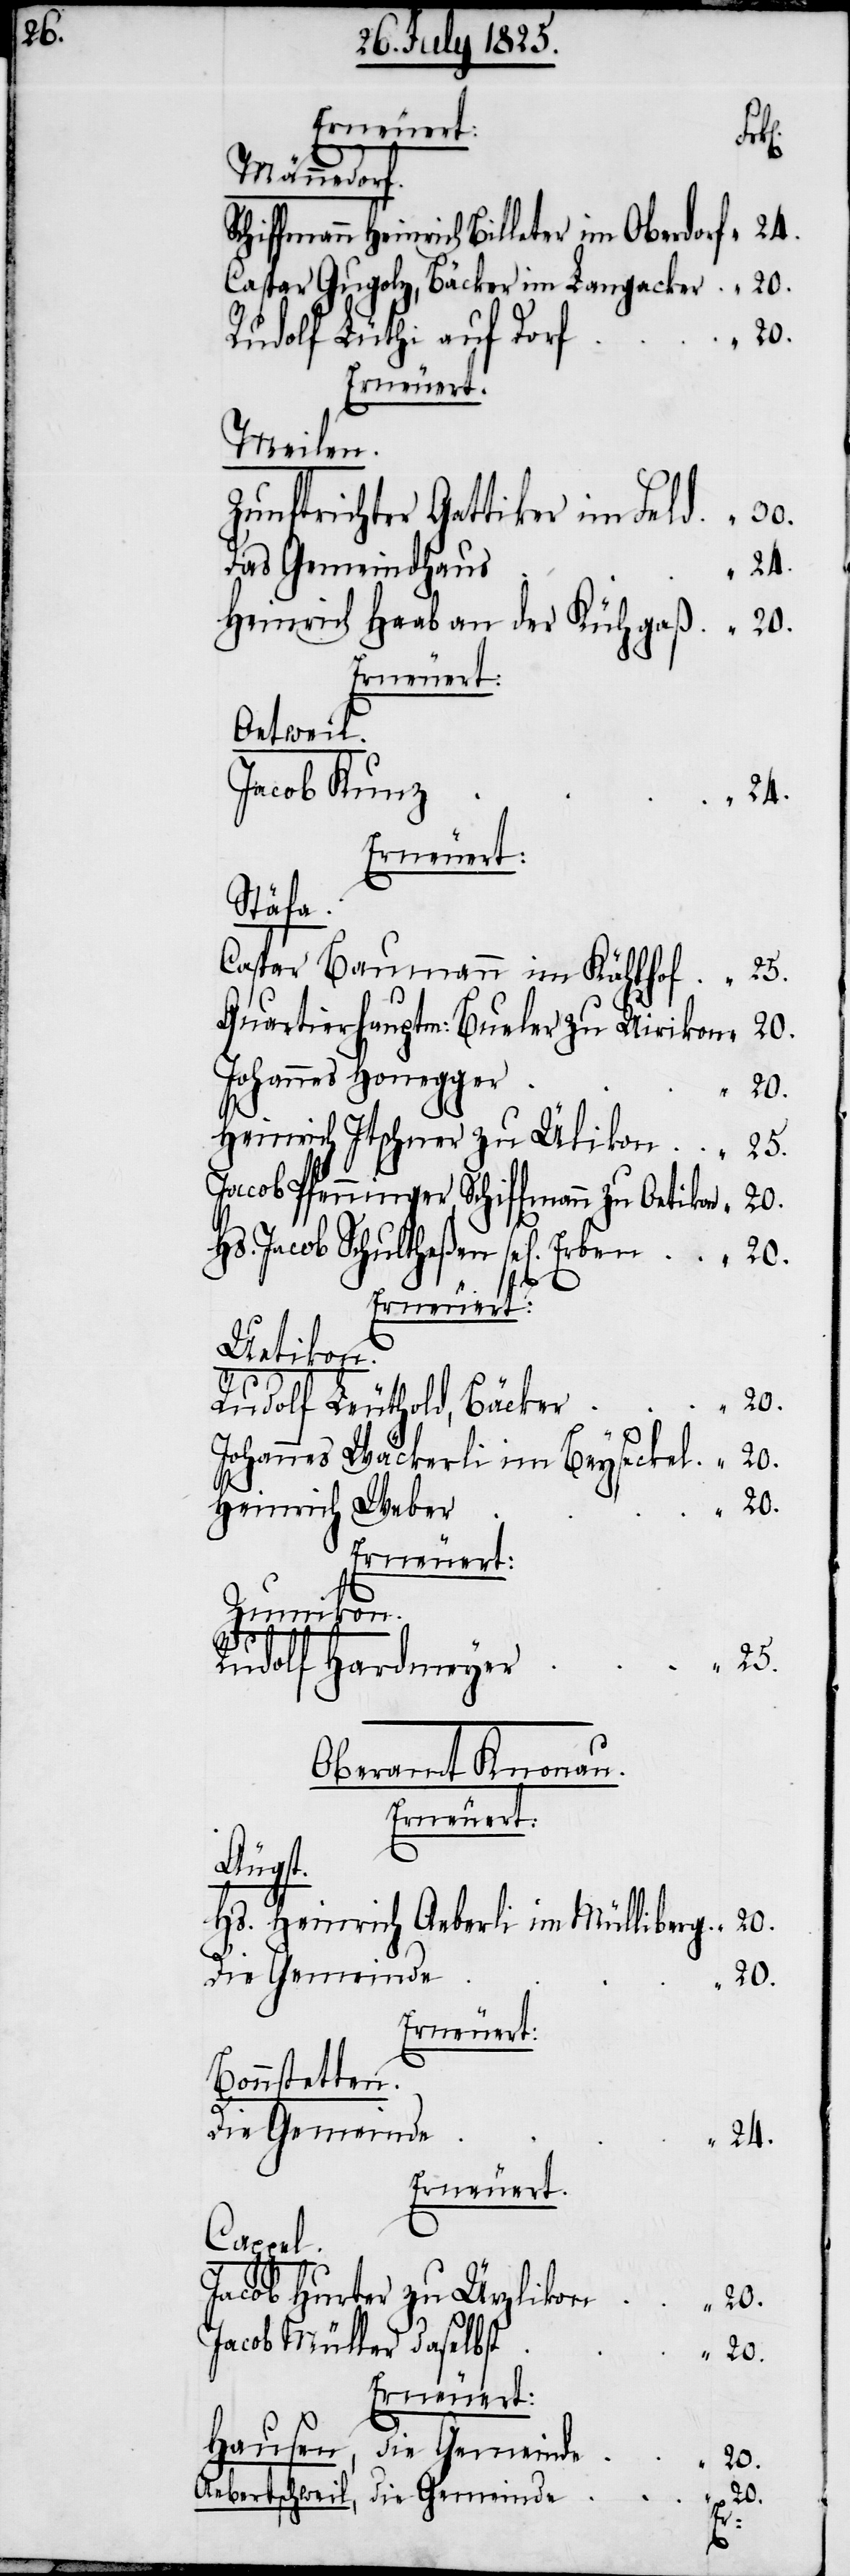
Schi¬
Männedorf.
ffmann Heinrich Billeter im Oberdorf	“	24.
Caspar Gugolz, Bäcker im Langacker	“	20.
Rudolf Lüthi auf Dor¬
Oetweil.
Jacob Kun¬
Erneuert:
Stäfa.
Caspar Baumann im Kählhof	“	25.
Quartierhauptm: Bueler zu Uirikon	“	20.
Johannes Honegge¬
Heinrich Ischner zu Ülikon	“	25.
Jacob Pfenninger Schiffmann zu Oetikon	“	20.
Hs. Jacob Schultheßen sel[igen] Erben	“	20.
Uetikon.
Rudolf Leuthold, Bäcker	“	20.
Johannes Wäckerli im Beyseckel	“	20.
Heinrich Webe¬
Zumikon.
Rudolf Hardmeye¬
Oberamt Knonau.
Erneuert:
Äugst.
Hs. Heinrich Aeberli im Mülliberg	“	20.
Die Gemeinde
Erneuert:
Bonnstetten.
Die Gemeinde
Erneuert:
Cappel.
Jacob Hurter zu Ürzliko¬
Jacob Müller daselbs¬
Hausen, Die Gemeind¬
Aebertschweil, Die Gemeind¬
e	“	20.